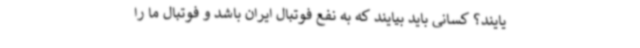
یایند؟ کسانی باید بیایند که به نفع فوتبال ایران باشد و فوتبال ما را